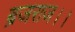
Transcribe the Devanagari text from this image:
ब्रजराज।।